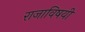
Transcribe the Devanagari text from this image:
राजाविषयी